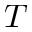
T